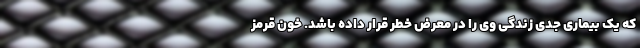
که یک بیماری جدی زندگی وی را در معرض خطر قرار داده باشد. خون قرمز